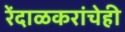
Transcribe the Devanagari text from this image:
रेंदाळकरांचेही